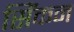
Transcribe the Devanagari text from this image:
सिंकन